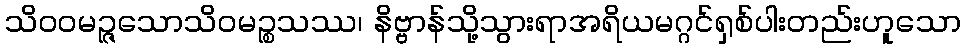
သိဝဝမဉ္ဇသောသိဝမဉ္စသဿ၊ နိဗ္ဗာန်သို့သွားရာအရိယမဂ္ဂင်ရှစ်ပါးတည်းဟူသော